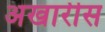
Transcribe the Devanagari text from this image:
अखारीस